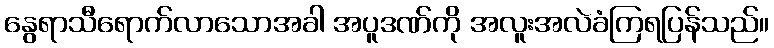
နွေရာသီရောက်လာသောအခါ အပူဒဏ်ကို အလူးအလဲခံကြရပြန်သည်။